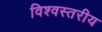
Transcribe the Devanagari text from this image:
विश्‍वस्तरीय